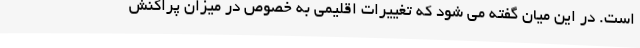
است. در این میان گفته می شود که تغییرات اقلیمی به خصوص در میزان پراکنش